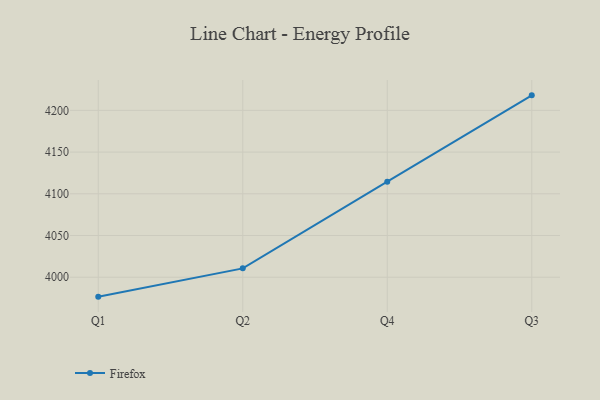
{"axis": {"x": "Quarter", "y": "Satisfaction Score"}, "legend": ["Firefox"], "data": [{"x": "Q1", "y": 3976.7, "type": "Firefox"}, {"x": "Q2", "y": 4010.6, "type": "Firefox"}, {"x": "Q4", "y": 4114.5, "type": "Firefox"}, {"x": "Q3", "y": 4218.0, "type": "Firefox"}]}